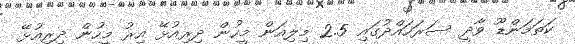
ކަތަމަންޑޫ ވާދީ ސަރަހައްދުގައި 2.5 މިލިއަން މީހުން ދިރިއުޅޭ އިރު މީހުން ދިރިއުޅޭ